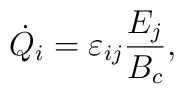
\dot{Q}_{i}=\varepsilon_{ij}\frac{E_{j}}{B_{c}},